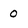
Character: 0